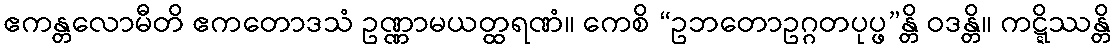
ဧကန္တလောမီတိ ဧကတောဒသံ ဥဏ္ဏာမယတ္ထရဏံ။ ကေစိ “ဥဘတောဥဂ္ဂတပုပ္ဖ”န္တိ ဝဒန္တိ။ ကဋ္ဋိဿန္တိ